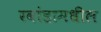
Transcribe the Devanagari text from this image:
रवांडामधील